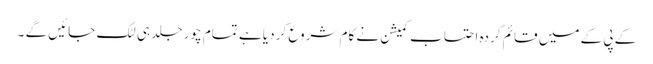
کے پی کے میں قائم کردہ احتساب کمیشن نے کام شروع کر دیا ہے تمام چور جلد ہی لٹک جائیں گے ۔